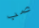
صب